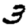
Digit: 3